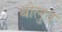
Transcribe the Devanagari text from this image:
बोलुन